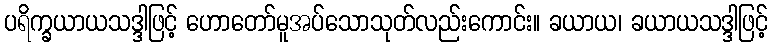
ပရိက္ခယာယသဒ္ဒါဖြင့် ဟောတော်မူအပ်သောသုတ်လည်းကောင်း။ ခယာယ၊ ခယာယသဒ္ဒါဖြင့်